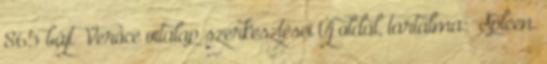
865 bájt ‎Verőce vitalap szerkesztései Új oldal, tartalma: „Spleen.